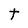
Character: t